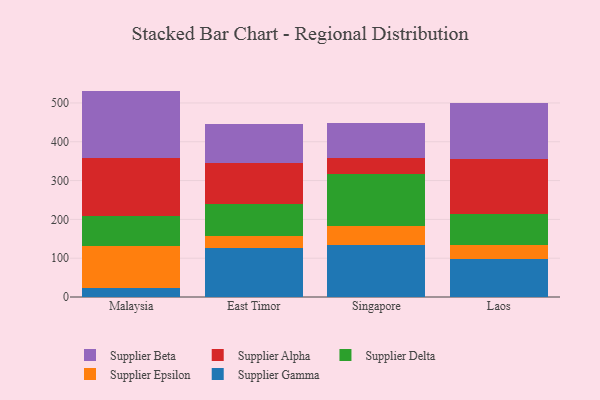
{"axis": {"x": "Country", "y": "Active Users"}, "legend": ["Supplier Alpha", "Supplier Beta", "Supplier Delta", "Supplier Epsilon", "Supplier Gamma"], "data": [{"x": "Malaysia", "y": 22.5, "type": "Supplier Gamma"}, {"x": "Malaysia", "y": 109.9, "type": "Supplier Epsilon"}, {"x": "Malaysia", "y": 76.5, "type": "Supplier Delta"}, {"x": "Malaysia", "y": 149.6, "type": "Supplier Alpha"}, {"x": "Malaysia", "y": 172.7, "type": "Supplier Beta"}, {"x": "East Timor", "y": 126.8, "type": "Supplier Gamma"}, {"x": "East Timor", "y": 30.3, "type": "Supplier Epsilon"}, {"x": "East Timor", "y": 82.3, "type": "Supplier Delta"}, {"x": "East Timor", "y": 106.0, "type": "Supplier Alpha"}, {"x": "East Timor", "y": 99.5, "type": "Supplier Beta"}, {"x": "Singapore", "y": 134.8, "type": "Supplier Gamma"}, {"x": "Singapore", "y": 48.9, "type": "Supplier Epsilon"}, {"x": "Singapore", "y": 132.2, "type": "Supplier Delta"}, {"x": "Singapore", "y": 42.8, "type": "Supplier Alpha"}, {"x": "Singapore", "y": 89.8, "type": "Supplier Beta"}, {"x": "Laos", "y": 96.9, "type": "Supplier Gamma"}, {"x": "Laos", "y": 38.2, "type": "Supplier Epsilon"}, {"x": "Laos", "y": 78.5, "type": "Supplier Delta"}, {"x": "Laos", "y": 143.2, "type": "Supplier Alpha"}, {"x": "Laos", "y": 142.7, "type": "Supplier Beta"}]}